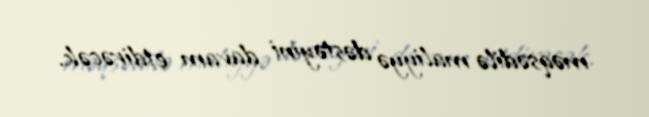
məqsədilə maliyyə dəstəyini davam etdirəcək.